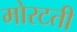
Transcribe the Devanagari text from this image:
मोरटती